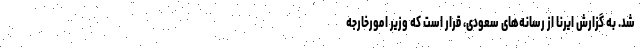
شد. به گزارش ایرنا از رسانه‌های سعودی، قرار است که وزیر امورخارجه